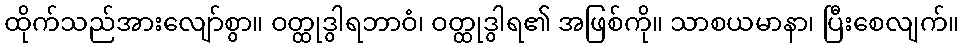
ထိုက်သည်အားလျော်စွာ။ ဝတ္ထုဒွါရဘာဝံ၊ ဝတ္ထုဒွါရ၏ အဖြစ်ကို။ သာစယမာနာ၊ ပြီးစေလျက်။